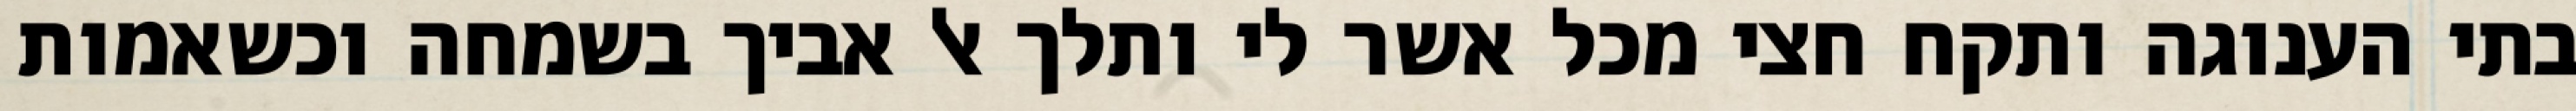
בתי הענוגה ותקח חצי מכל אשר לי ותלך אל אביך בשמחה וכשאמות